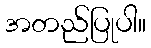
အတည်ပြုပါ။